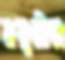
মসুরীর